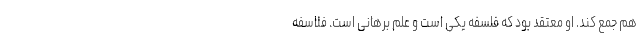
هم جمع کند. او معتقد بود که فلسفه یکی است و علم برهانی است. فلاسفه